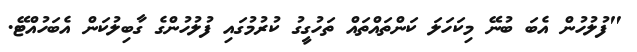
"ފުލުހުން އެބަ ބުނޭ މިކަހަލަ ކަންތައްތައް ތަހުގީގު ކުރުމުގައި ފުލުހުންގެ ގާބިލުކަން އެބަހުއްޓޭ.